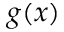
g ( x )